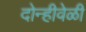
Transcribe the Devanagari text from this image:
दोन्हीवेळी